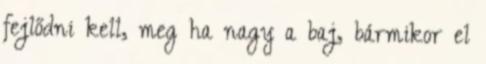
fejlődni kell, meg ha nagy a baj, bármikor el